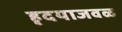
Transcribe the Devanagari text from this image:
हृदयाजवळ